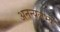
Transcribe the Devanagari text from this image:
अनन्यलभ्य